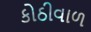
કોઠીવાળ